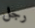
رجل